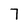
Character: 7